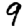
Digit: 9